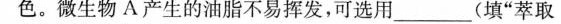
微生物A产生的油脂不易挥发，可选用___________(填”萃取